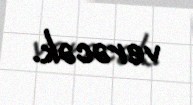
verəcək.